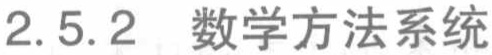
2.5.2 数学方法系统